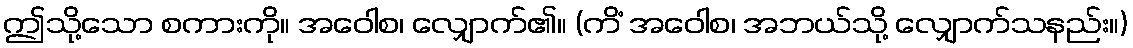
ဤသို့သော စကားကို။ အဝေါစ၊ လျှောက်၏။ (ကိံ အဝေါစ၊ အဘယ်သို့ လျှောက်သနည်း။)